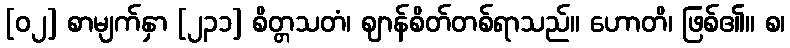
[၀၂] စာမျက်နှာ [၂၃၁] စိတ္တသတံ၊ ဈာန်စိတ်တစ်ရာသည်။ ဟောတိ၊ ဖြစ်၏။ စ၊